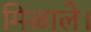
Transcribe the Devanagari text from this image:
मिळाले।